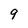
Character: 9